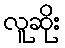
လူဆိုး